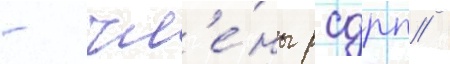
- чл'е́ны рсдрп /